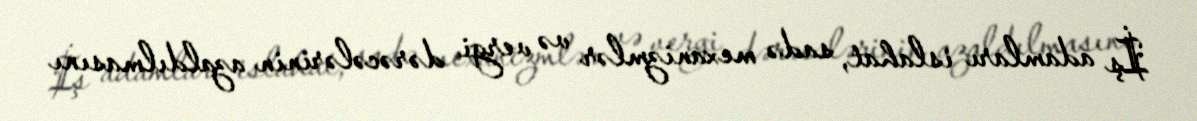
İş adamları islahat, sadə mexanizmlər və vergi dərəcələrinin azaldılmasını